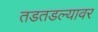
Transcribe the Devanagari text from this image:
तडतडल्यावर